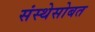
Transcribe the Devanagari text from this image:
संस्थेसोबत